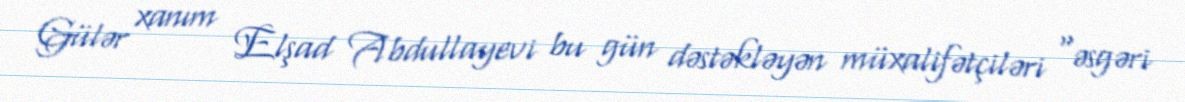
Gülər xanım Elşad Abdullayevi bu gün dəstəkləyən müxalifətçiləri “əsgəri